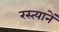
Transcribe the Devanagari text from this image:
रस्त्यानें